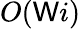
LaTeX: O(\mathsf{W}i)